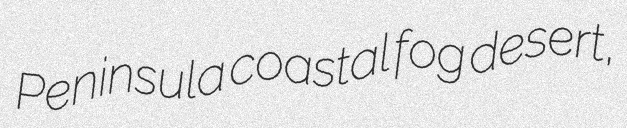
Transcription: Peninsula coastal fog desert,